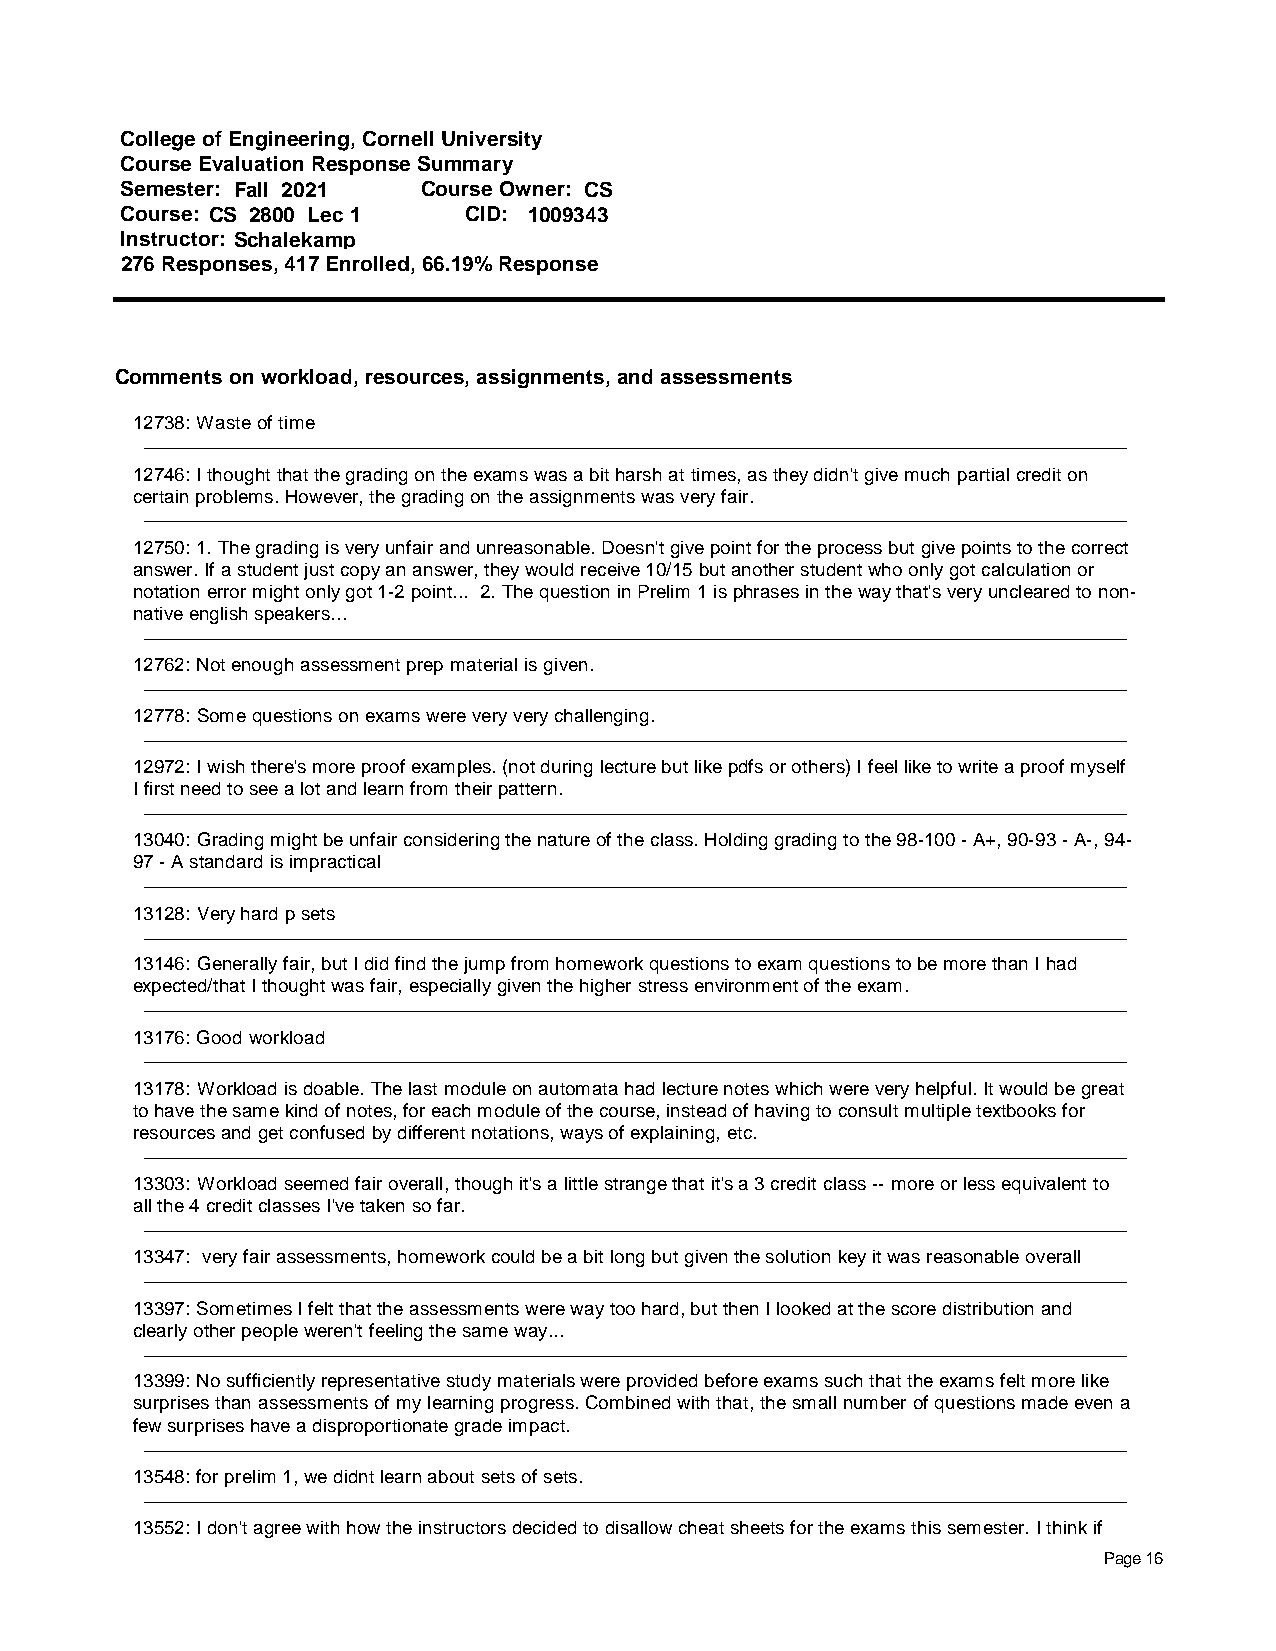
College of Engineering, Cornell University
 Course Evaluation Response Summary
 Semester: Fall 2021 Course Owner: CS
 Course: CS 2800 Lec 1  CID: 1009343
 Instructor: Schalekamp
 276 Responses, 417 Enrolled, 66.19% Response
 Comments on workload, resources, assignments, and assessments
 12738: Waste of time
 12746: I thought that the grading on the exams was a bit harsh at times, as they didn't give much partial credit on
 certain problems. However, the grading on the assignments was very fair.
 12750: 1. The grading is very unfair and unreasonable. Doesn't give point for the process but give points to the correct
 answer. If a student just copy an answer, they would receive 10/15 but another student who only got calculation or
 notation error might only got 1-2 point... 2. The question in Prelim 1 is phrases in the way that's very uncleared to non-
 native english speakers...
 12762: Not enough assessment prep material is given.
 12778: Some questions on exams were very very challenging.
 12972: I wish there's more proof examples. (not during lecture but like pdfs or others) I feel like to write a proof myself
 I first need to see a lot and learn from their pattern.
 13040: Grading might be unfair considering the nature of the class. Holding grading to the 98-100 - A+, 90-93 - A-, 94-
 97 - A standard is impractical
 13128: Very hard p sets
 13146: Generally fair, but I did find the jump from homework questions to exam questions to be more than I had
 expected/that I thought was fair, especially given the higher stress environment of the exam.
 13176: Good workload
 13178: Workload is doable. The last module on automata had lecture notes which were very helpful. It would be great
 to have the same kind of notes, for each module of the course, instead of having to consult multiple textbooks for
 resources and get confused by different notations, ways of explaining, etc.
 13303: Workload seemed fair overall, though it's a little strange that it's a 3 credit class -- more or less equivalent to
 all the 4 credit classes I've taken so far.
 13347: very fair assessments, homework could be a bit long but given the solution key it was reasonable overall
 13397: Sometimes I felt that the assessments were way too hard, but then I looked at the score distribution and
 clearly other people weren't feeling the same way...
 13399: No sufficiently representative study materials were provided before exams such that the exams felt more like
 surprises than assessments of my learning progress. Combined with that, the small number of questions made even a
 few surprises have a disproportionate grade impact.
 13548: for prelim 1, we didnt learn about sets of sets.
 13552: I don't agree with how the instructors decided to disallow cheat sheets for the exams this semester. I think if
 Page 16